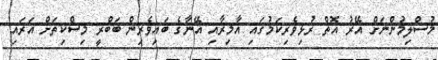
މުސްލިމުންނަށް އޭރު އޮތް ރުޅިވެރިކަމުގައި އާމިރާއި އޭނާގެ ބައިވެރިން ބަބްރީ މިސްކިތަށް އަރައި